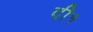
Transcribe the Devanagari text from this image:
दी१